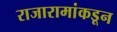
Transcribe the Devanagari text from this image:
राजारामांकडून